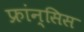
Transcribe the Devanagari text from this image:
फ्रांन्सिस